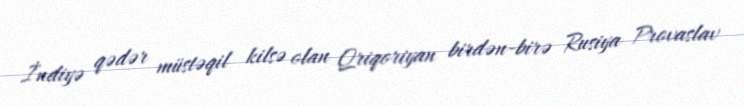
İndiyə qədər müstəqil kilsə olan Qriqoriyan birdən-birə Rusiya Provaslav